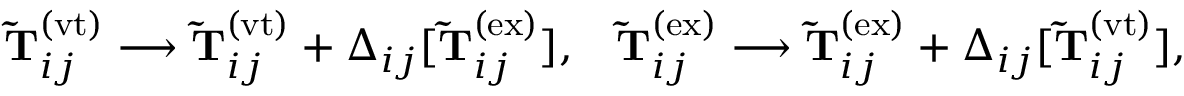
\begin{array} { r l } { \mathbf { \widetilde { T } } _ { i j } ^ { ( \mathrm { v t } ) } \longrightarrow \mathbf { \widetilde { T } } _ { i j } ^ { ( \mathrm { v t } ) } + \Delta _ { i j } [ \mathbf { \widetilde { T } } _ { i j } ^ { ( \mathrm { e x } ) } ] , } & { \mathbf { \widetilde { T } } _ { i j } ^ { ( \mathrm { e x } ) } \longrightarrow \mathbf { \widetilde { T } } _ { i j } ^ { ( \mathrm { e x } ) } + \Delta _ { i j } [ \mathbf { \widetilde { T } } _ { i j } ^ { ( \mathrm { v t } ) } ] , } \end{array}